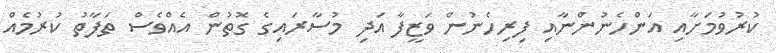
ކުރުވުމަށާއި އަންހެނުންނާއި ފިރިހެނުން ވަޒީފާ އަދި މުސާރައިގެ ގޮތުން އެއްވެސް ތަފާތު ކުރުމެއް